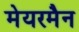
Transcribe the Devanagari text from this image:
मेयरमैन